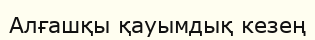
Алғашқы қауымдық кезең